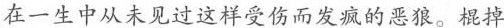
在一生中从未见过这样受伤而发疯的恶狼。棍掉